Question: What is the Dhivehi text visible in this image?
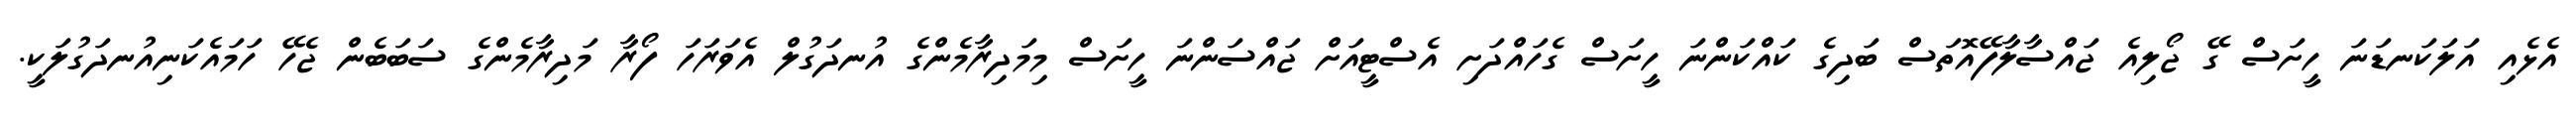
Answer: އެޅެއި އަލަކަނޑަނަ ހީށަސް ގޭ ޖޯލިއެ ޖައްސާލާފޭއޮތަސް ބަދިގެ ކައްކަންނަ ހީށަސް ގެހައްދަށި އެސްޓީއަށް ޖައްސަންނަ ހީށަސް މިމަދިރާމެންގެ އުނދަގުލް އެވަރަހަ ފޯރާ މަދިރާމެންގެ ސަބަބެން ޖެހޭ ހަމައެކަނިއުނދަގުލަކީ.